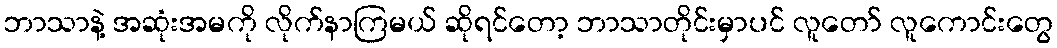
ဘာသာနဲ့ အဆုံးအမကို လိုက်နာကြမယ် ဆိုရင်တော့ ဘာသာတိုင်းမှာပင် လူတော် လူကောင်းတွေ